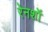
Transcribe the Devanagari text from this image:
रेनशॉ